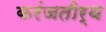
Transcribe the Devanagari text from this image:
करंजतीर्थ